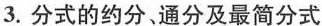
3.分式的约分、通分及最简分式